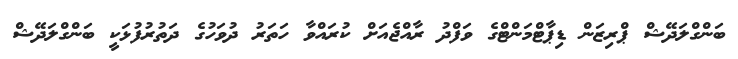
ބަންގްލަދޭޝް ޕްރިޒަން ޑިޕާޓްމަންޓްގެ ވަފްދު ރާއްޖެއަށް ކުރައްވާ ހަތަރު ދުވަހުގެ ދަތުރުފުޅަކީ ބަންގްލަދޭޝް